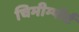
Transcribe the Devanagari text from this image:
चिमीम्पोर्ट